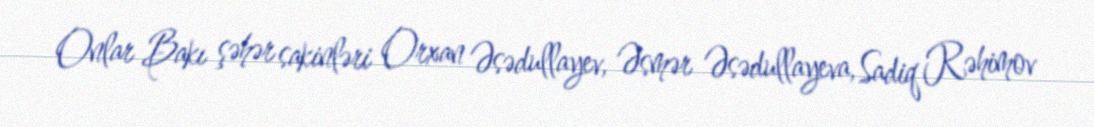
Onlar Bakı şəhər sakinləri Orxan Əsədullayev, Əsmər Əsədullayeva, Sadiq Rəhimov